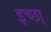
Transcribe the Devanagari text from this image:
इच्छा्